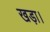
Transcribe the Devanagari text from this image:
खड़ा।